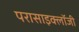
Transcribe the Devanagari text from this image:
परासाइक्लॉजी